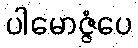
ပါမောဇ္ဇံပေ